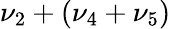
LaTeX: \nu_{2}+(\nu_{4}+\nu_{5})